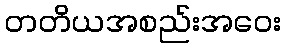
တတိယအစည်းအဝေး